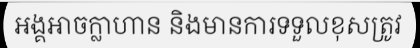
អង្គអាចក្លាហាន និងមានការទទួលខុសត្រូវ